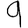
Digit: 9